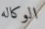
الوكاله